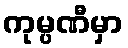
ကုမ္ပဏီမှာ